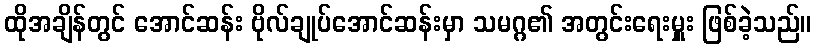
ထိုအချိန်တွင် အောင်ဆန်း ဗိုလ်ချုပ်အောင်ဆန်းမှာ သမဂ္ဂ၏ အတွင်းရေးမှူး ဖြစ်ခဲ့သည်။